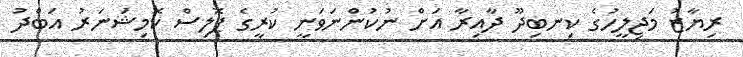
ރިޔާޒު މަޖިލީހުގެ ކިނބިދޫ ދާއިރާ އަށް ނުކުންނަވަނީ ކުރީގެ ޕޮލިސް ކޮމިޝަނަރު އަބްދު